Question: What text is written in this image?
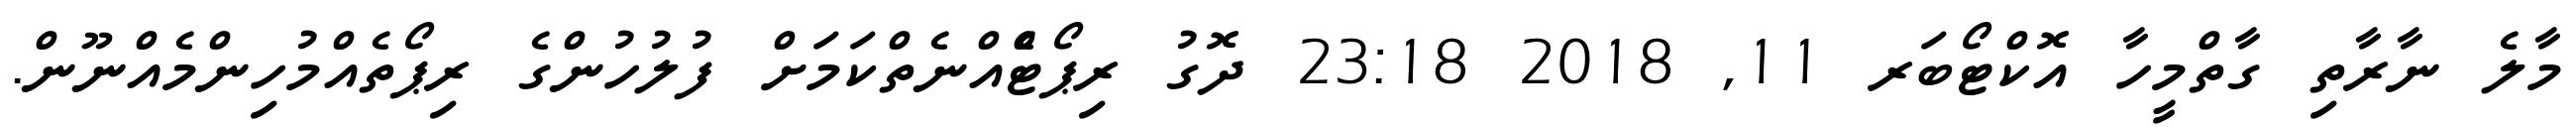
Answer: މާލެ ނާރާތި ގާތްމީހާ އޮކްޓޯބަރ 11, 2018 23:18 ދޮގު ރިޕޯޓެްއްނެތްކަމަށް ފުލުހުންގެ ރިޕޯތެއްމުހިންމެއްނޫން.